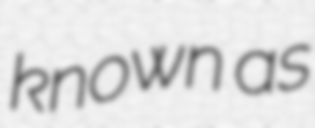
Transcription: known as